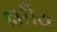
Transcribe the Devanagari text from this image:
क्षरीय